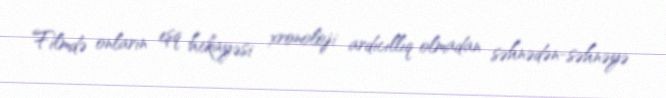
Filmdə onların eşq hekayəsi xronoloji ardıcıllıq olmadan səhnədən-səhnəyə